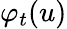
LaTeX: \varphi_{t}(u)